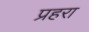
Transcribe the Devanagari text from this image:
प्रहरा